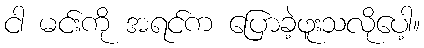
ငါ မင်းကို အရင်က ပြောခဲ့ဖူးသလိုပေါ့။